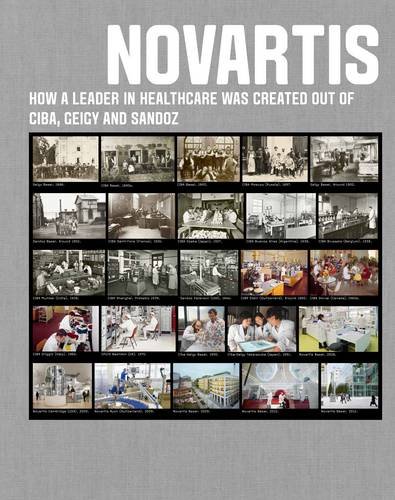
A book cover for Novartis: How a leader in healthcare was created out of Ciba, Geigy and Sandoz; Novartis; Business & Money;